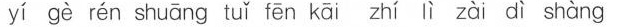
yí gè rén shuāng tuǐ fēn kāi zhí lì zài dì shàng